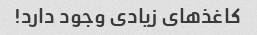
کاغذهای زیادی وجود دارد!